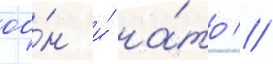
оо́н и́ на́то //